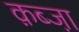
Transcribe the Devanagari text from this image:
क़ब्जा़